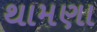
થામણા